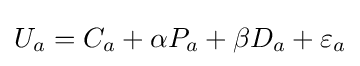
U_{a}=C_{a}+\alpha P_{a}+\beta D_{a}+\varepsilon _{a}